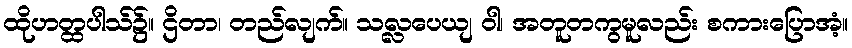
ထိုဟတ္ထပါသ်၌။ ဌိတာ၊ တည်လျက်။ သလ္လပေယျ ဝါ၊ အတူတကွမူလည်း စကားပြောအံ့။